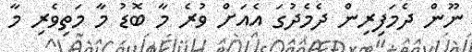
ނޫން ދެމަފިރިން ދެމެދުގަ އެއަށް ވުރެ މާ ބޮޑު މާ މަތިވެރި މާ